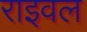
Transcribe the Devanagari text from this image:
राइवल